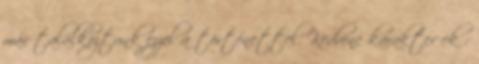
már találkoztunk ezzel a történettel. Kedvenc karakter ek :